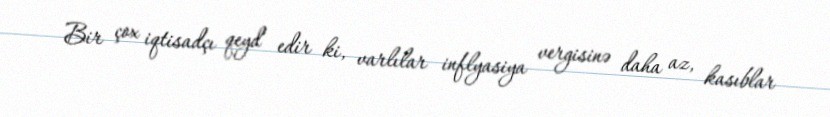
Bir çox iqtisadçı qeyd edir ki, varlılar inflyasiya vergisinə daha az, kasıblar